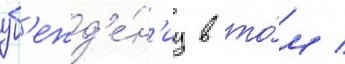
уб'ежд'е́н'иу в то́м /